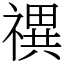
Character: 禩